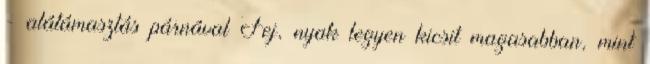
- alátámasztás párnával Fej, nyak legyen kicsit magasabban, mint